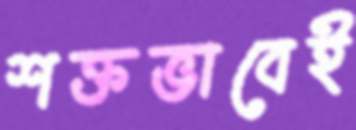
শক্তভাবেই